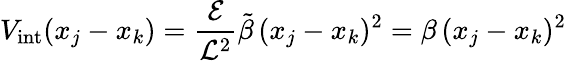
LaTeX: {V_{\mathrm{int}}(x_{j}-x_{k})=\frac{\mathcal{E}}{\mathcal{L}^{2}}\tilde{\beta}\, (x_{j}-x_{k})^{2}=\beta\, (x_{j}-x_{k})^{2}}